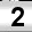
Digit: 2